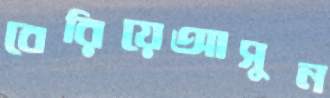
বেরিয়েআসুন